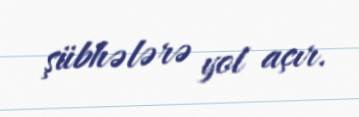
şübhələrə yol açır.